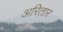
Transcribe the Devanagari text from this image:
अरितार